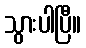
သွားပါပြီ။